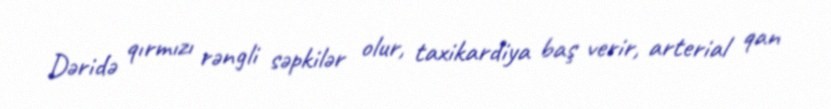
Dəridə qırmızı rəngli səpkilər olur, taxikardiya baş verir, arterial qan